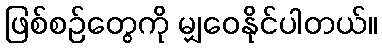
ဖြစ်စဉ်တွေကို မျှဝေနိုင်ပါတယ်။